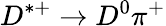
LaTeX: D^{*+}\to D^{0}\pi^{+}